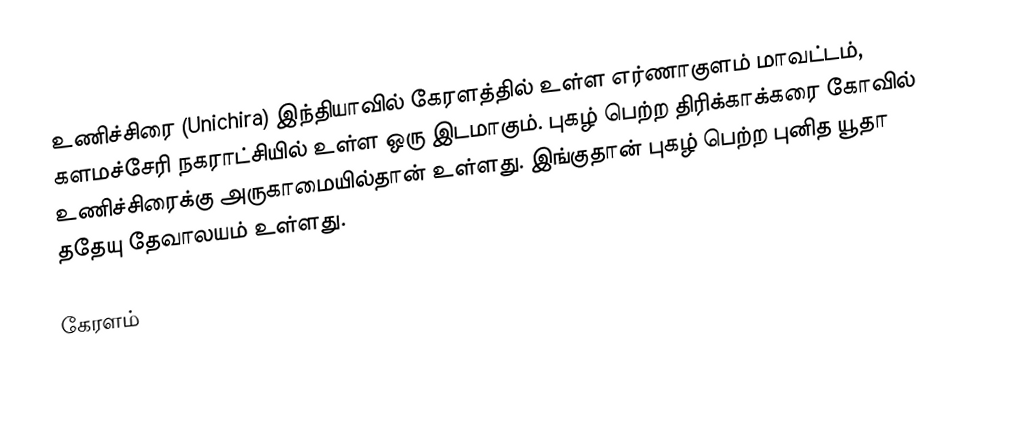
உணிச்சிரை (Unichira) இந்தியாவில் கேரளத்தில் உள்ள எர்ணாகுளம் மாவட்டம், களமச்சேரி நகராட்சியில் உள்ள ஒரு இடமாகும். புகழ் பெற்ற திரிக்காக்கரை கோவில் உணிச்சிரைக்கு அருகாமையில்தான் உள்ளது. இங்குதான் புகழ் பெற்ற புனித யூதா ததேயு தேவாலயம் உள்ளது.

கேரளம்